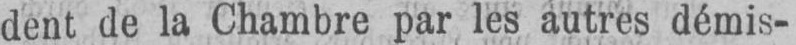
dent de la Chambre par les autres démis-